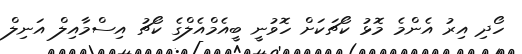
ހޯދި އިރު އެންމެ މޮޅު ކޯޗަކަށް ހޮވުނީ ބީއެމްއެލްގެ ކޯޗު އިސްމާއިލް އަނިލް